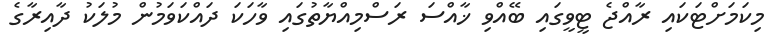
މިކަމަށްޓަކައި ރާއްޖެ ޓީވީގައި ބޭއްވި ޚާއްސަ ރަސްމިއްޔާތުގައި ވާހަކަ ދައްކަވަމުން މުލަކު ދާއިރާގެ